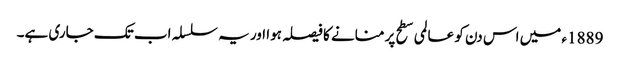
1889ء میں اس دن کو عالمی سطح پر منانے کا فیصلہ ہوا اور یہ سلسلہ اب تک جاری ہے۔